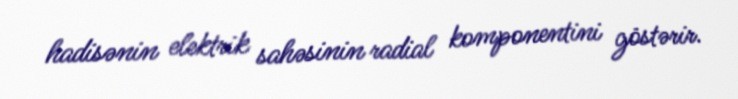
hadisənin elektrik sahəsinin radial komponentini göstərir.